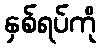
နှစ်ရပ်ကို